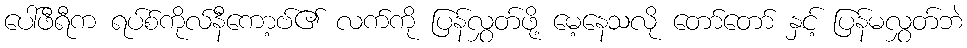
ပေါ်ဖီရီက ရပ်စ်ကိုလ်နီကော့ဗ်၏ လက်ကို ပြန်လွှတ်ဖို့ မေ့နေသလို တော်တော် နှင့် ပြန်မလွှတ်ဘဲ